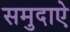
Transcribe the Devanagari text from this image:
समुदाऐ